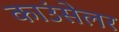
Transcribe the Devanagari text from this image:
काउंसेलर